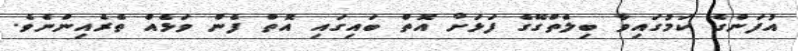
އުފަންގެ ކަމުގައިވާ ބިލެތްގޭގެ ފަޅަށް އޮތް ބައިގައި އޮތް ފެން ވަޅެއް ތެރެއިންނެވެ.